Report of the Hyderabad Chloroform Commission
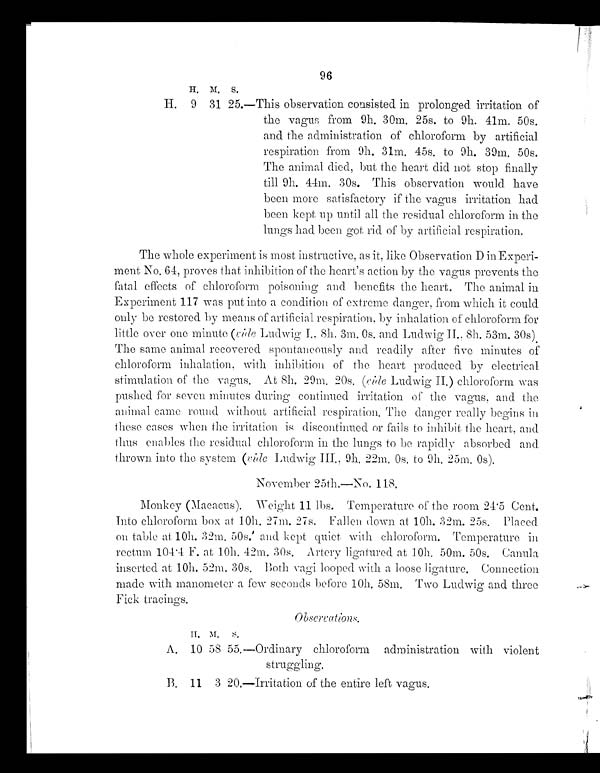
96
H . M
.
S .
H .
9 31 25.—This observation consisted in prolonged irritation of
the vagus from 9h. 30m. 25s. to 9h. 41m.
5 0 s .
and the administration of chloroform by artificial
respiration from 9h. 31m. 45s. to 9h. 39m. 50s.
T h
e a n i m a l d i e d , b u t t h e h e a r t d i dn
o t
stop finally
till 9h. 44m. 30s. This observation would have
b e e n m o r e s a t i s f a c t o r y i f t h ev
a g u s
i r r i t a t i o n h a d
been kept up until all the residual chloroform in the
lungs had been got rid of by artificial respiration.
The whole experiment is most instructive, as it, like Observation D in Experi-
ment No. 64, proves that inhibition of the heart's action by the vagus prevents the
fatal affects of chloroform poisoning and benefits the heart. The animal in
Experiment 117 was put into a condition of extreme danger, from which it could
only be restored by means of artificial respiration, by inhalation of chloroform for
little over one minute (vide Ludwig I., 8h. 3m. 0s. and Ludwig II., 8h . 53m. 30s)
The same animal recovered spontaneously and readily after five minutes of
chloroform inhalation, with inhibition of the heart produced by electrical
stimulation of the vagus. At 8h. 29m. 20s. (vide Ludwig II.) chloroform was
pushed for seven minutes during continued irritation of the vagus, and the
animal came round without artificial respiration. The danger really begins in
these cases when the irritation is discontinued or fails to inhibit the heart, and
thus enables the residual chloroform in the lungs to be rapidly absorbed and
t hrown i nt o t he syst em (v i d e
L u d w i g I I I
. , 9
h. 22m. 0s. to 9h. 25m. 0s).
November 25th. —No.
118.
Monkey (Macacus). Weight 11 lbs. Temperature of the room 24·5 Cent.
Into chloroform box al 10h. 27m. 27s. Fallen down at 10h. 32m. 25s. Placed
on table at 10h. 32m. 50s. and kept quiet with chloroform. Temperature in
rectum 104· 4 F . a t
1 0 b .
4 2 m . 3 0 s .
A r t e r y l i g a t u r e d
a t 1 0 h . 5 0 m .
5 0 s . C a n u l a
inserted at 10h. 52m. 30s. Both vagi looped with a loose ligature. Connection
made with manometer a few seconds before 10h. 5 8 m. T wo L u d wi g a n d t h r e e
Fick tracings.
Observations. H. M. S .
A.1 0 5 8 5 5 . —Or di nar y c hl or of or m a dmi ni s t r a t i on wi t h vi ol e nt
struggling.
B. 11 3 20.—Irritation of the entire left vagus.